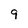
Character: 9